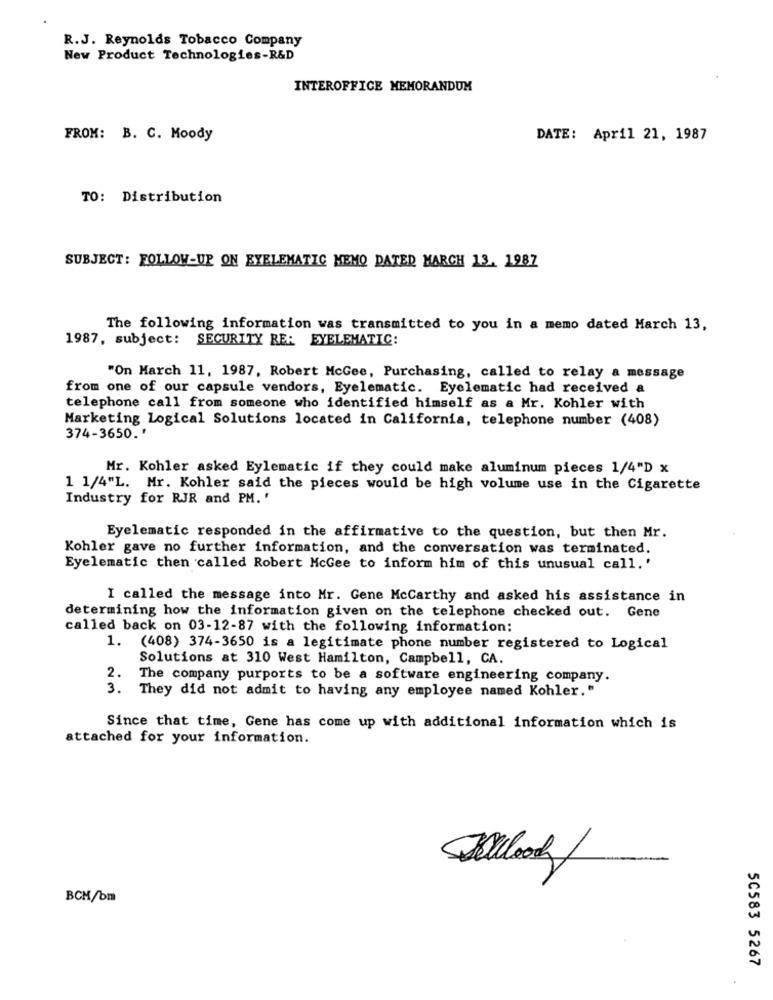
R.J. Reynolds Tobacco Company
New Product Technologies-R&D
INTEROFFICE MEMORANDUM
FROM: B. C. Moody
DATE: April 21, 1987
TO: Distribution
SUBJECT: FOLLOW-UP ON EYELEMATIC MEMO DATED MARCH 13. 1987
The following information was transmitted to you in a memo dated March 13,
1987, subject: SECURITY RE: EYELEMATIC:
"On March 11, 1987, Robert McGee, Purchasing, called to relay a message
from one of our capsule vendors, Eyelematic. Eyelematic had received a
telephone call from someone who identified himself as a Mr. Kohler with
Marketing Logical Solutions located in California, telephone number (408)
374-3650.'
Mr. Kohler asked Eylematic if they could make aluminum pieces 1/4"D x
1 1/4"L. Mr. Kohler said the pieces would be high volume use in the Cigarette
Industry for RJR and PM. '
Eyelematic responded in the affirmative to the question, but then Mr.
Kohler gave no further information, and the conversation was terminated.
Eyelematic then called Robert McGee to inform him of this unusual call.'
I called the message into Mr. Gene Mccarthy and asked his assistance in
determining how the information given on the telephone checked out. Gene
called back on 03-12-87 with the following information:
1.
(408) 374-3650 is a legitimate phone number registered to Logical
Solutions at 310 West Hamilton, Campbell, CA.
2.
The company purports to be a software engineering company.
3. They did not admit to having any employee named Kohler."
Since that time, Gene has come up with additional information which is
attached for your information.
BCM/bm
50583 5267